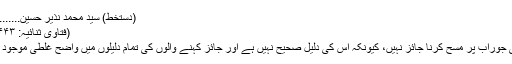
(دستخط) سید محمد نذیر حسین............
(فتاویٰ ثنائیہ: ۱/۴۴۳)
یعنی جوراب پر مسح کرنا جائز نہیں، کیونکہ اس کی دلیل صحیح نہیں ہے اور جائز کہنے والوں کی تمام دلیلوں میں واضح غلطی موجود ہے۔